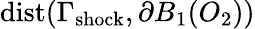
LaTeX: \mathrm{{dist}}(\Gamma_{\mathrm{{shock}}},\partial B_{1}(O_{2}))